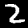
Label: 2